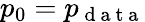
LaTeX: p_{0}=p_{\mathrm{~d~a~t~a~}}